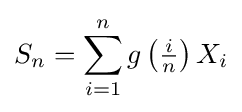
S_{n}=\sum _{i=1}^{n}g\left({\tfrac {i}{n}}\right)X_{i}